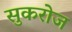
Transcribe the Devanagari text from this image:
सुकरोज